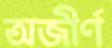
অজীর্ণ